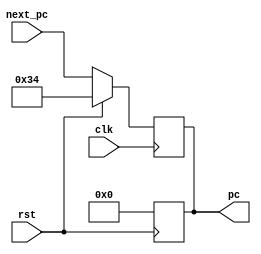
module pc(
    input rst, clk,
    input [31: 0] next_pc,

    output reg [31: 0] pc
);

always @(posedge clk) begin
    if(rst) pc = 32'h34;
    else pc <= next_pc;
end

always @(posedge rst) begin
    pc = 0;
end

endmodule